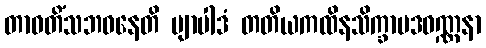
တာဝတိံသဘဝနေတိ ဗျာပါဒံ တတိယကထိနသိက္ခာပဒဝဏ္ဏနာ